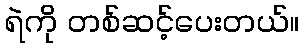
ရဲကို တစ်ဆင့်ပေးတယ်။